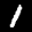
Label: 1